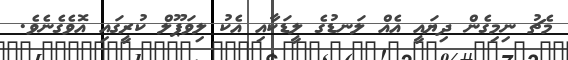
މެޗު ނިމިގެން ދިޔައީ އެއް ލަނޑުގެ ލީޑަކާއި އެކު ލިވަޕޫލް ކުރީގައި އޮވެގެނެވެ.